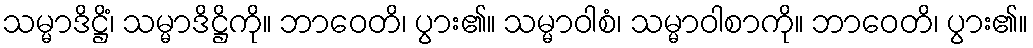
သမ္မာဒိဋ္ဌိံ၊ သမ္မာဒိဋ္ဌိကို။ ဘာဝေတိ၊ ပွား၏။ သမ္မာဝါစံ၊ သမ္မာဝါစာကို။ ဘာဝေတိ၊ ပွား၏။